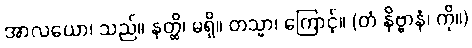
အာလယော၊ သည်။ နတ္ထိ၊ မရှိ။ တသ္မာ၊ ကြောင့်။ (တံ နိဗ္ဗာနံ၊ ကို။)